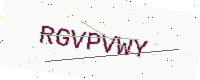
Text: RGVPVWY